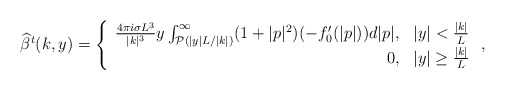
\begin{align*}\widehat{\beta}^t(k,y) = \left\{ \begin{array}{rc}\frac{4 \pi i \sigma L^3}{|k|^3} y \int_{\mathcal{P}(|y|L/|k|)}^{\infty}(1+|p|^2) (-f_0'(|p|))d|p|, & |y| < \frac{|k|}{L}\\ 0, & |y|\ge \frac{|k|}{L}\end{array}\right.,\end{align*}